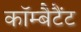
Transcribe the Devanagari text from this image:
कॉम्बैटैंट